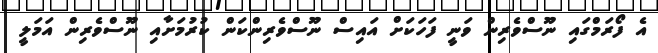
އެ ފޯރަމްގައި ނޫސްވެރިން ވަނީ ފަހަކަށް އައިސް ނޫސްވެރިންކަން ކުރުމަށާއި ނޫސްވެރިން އަމަލީ